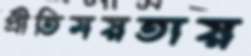
প্রীতিময়তায়